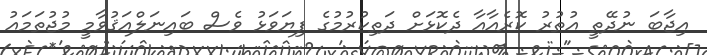
އިޖާބަ ނުދޭތީ އުތުރު ކޮރެއާއާ ދެކޮޅަށް ދަތިކުރުމުގެ ފިޔަވަޅު ވެސް ބައިނަލްއަޤުވާމީ މުޖުތަމައު